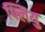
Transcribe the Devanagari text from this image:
फ्लियु